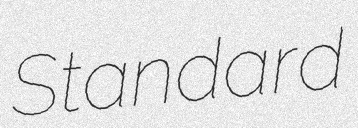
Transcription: Standard